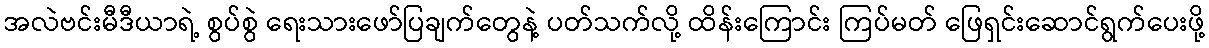
အလဲဗင်းမီဒီယာရဲ့ စွပ်စွဲ ရေးသားဖော်ပြချက်တွေနဲ့ ပတ်သက်လို့ ထိန်းကြောင်း ကြပ်မတ် ဖြေရှင်းဆောင်ရွက်ပေးဖို့